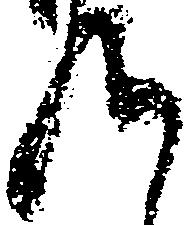
九